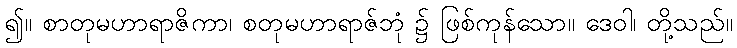
၍။ စာတုမဟာရာဇိကာ၊ စတုမဟာရာဇ်ဘုံ ၌ ဖြစ်ကုန်သော။ ဒေဝါ၊ တို့သည်။